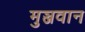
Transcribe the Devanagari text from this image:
मुञ्जवान